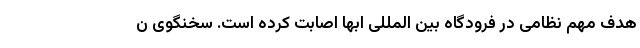
هدف مهم نظامی در فرودگاه بین المللی ابها اصابت کرده است. سخنگوی ن